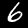
Digit: 6